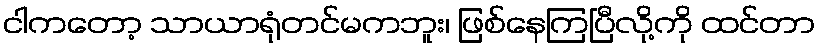
ငါကတော့ သာယာရုံတင်မကဘူး၊ ဖြစ်နေကြပြီလို့ကို ထင်တာ